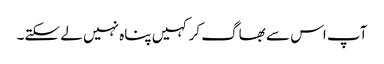
آپ اس سے بھاگ کر کہیں پناہ نہیں لے سکتے۔